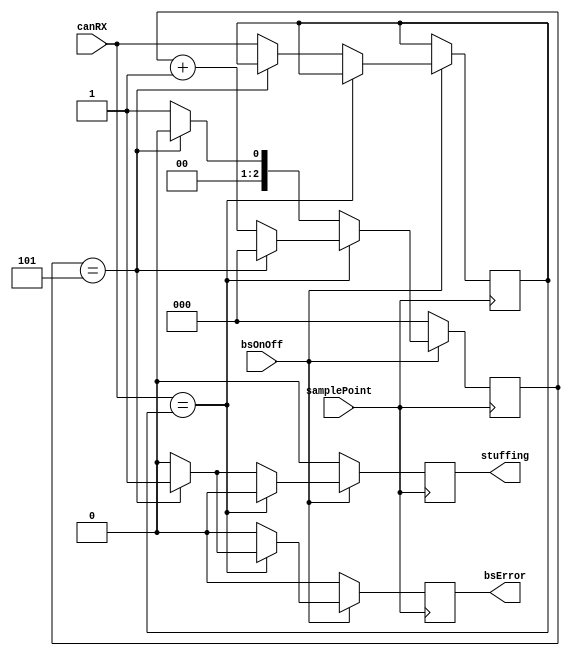
module bitstuffing (samplePoint, canRX, bsOnOff, stuffing, bsError);

input wire samplePoint, canRX, bsOnOff;
output wire stuffing, bsError;

reg [2:0]count = 3'b000;
reg mem = 0;
reg stuffing0 = 0, bsError0 = 0;
reg debug = 0;

assign stuffing = stuffing0;
assign bsError = bsError0;

always @ (posedge samplePoint) begin

	if (bsOnOff == 1'b1) begin
		
		if (canRX == mem) begin
		
			if (count == 3'b101) begin
			
				bsError0 <= 1'b1;
				stuffing0 <= 1'b0;
				count <= 3'b000;
				
			end else begin
			
				bsError0 <= 1'b0;
				stuffing0 <= 1'b0;
				count <= count + 1;
				
			end
			
		end else begin
		
			if (count == 5) begin
			
				bsError0 <= 1'b0;
				stuffing0 <= 1'b1;
				count <= 3'b000;
				
			end else begin
			
				mem <= canRX;
				bsError0 <= 1'b0;
				stuffing0 <= 1'b0;
				count <= 3'b001;
				
			end
			
		end
		
	end else begin
	
		count <= 3'b000;
		bsError0 <= 1'b0;
		stuffing0 <= 1'b0;

	end
end
endmodule